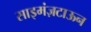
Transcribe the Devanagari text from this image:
साइमंज़टाऊन